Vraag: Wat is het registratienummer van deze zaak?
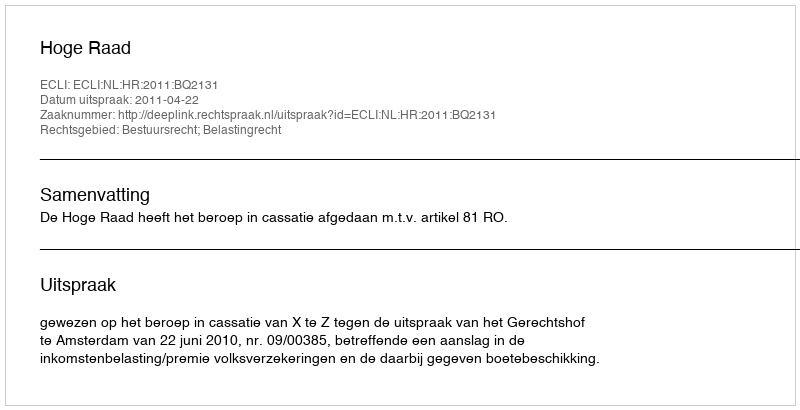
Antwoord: http://deeplink.rechtspraak.nl/uitspraak?id=ECLI:NL:HR:2011:BQ2131